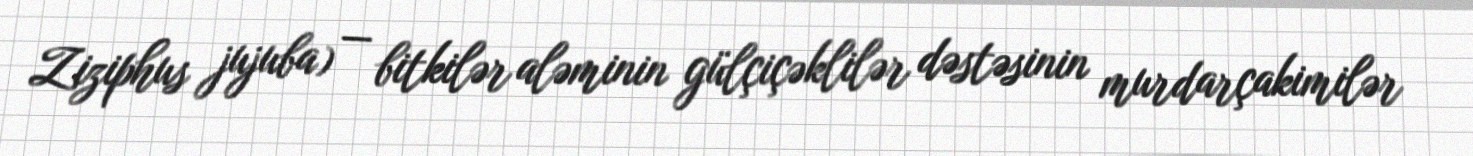
Ziziphus jujuba) — bitkilər aləminin gülçiçəklilər dəstəsinin murdarçakimilər